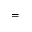
=